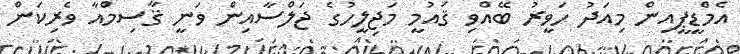
އެމްޑީޕީއިން މިއަދު ހަވީރު ބޭއްވި ޤައުމީ މަޖިލީހުގެ ޖަލްސާއިން ވަނީ ޤާސިމްއާ ވެރިކަން